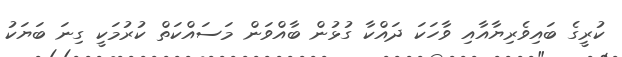
ކުރީގެ ބައިވެރިޔާއާއި ވާހަކަ ދައްކާ ގުޅުން ބާއްވަން މަސައްކަތް ކުރުމަކީ ގިނަ ބަޔަކު